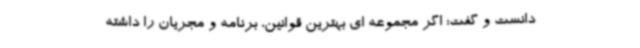
دانست و گفت: اگر مجموعه‌ ای بهترین قوانین، برنامه و مجریان را داشته